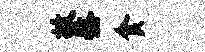
故髂食